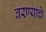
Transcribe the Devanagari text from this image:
वरण्याचे